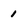
Character: 1